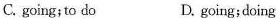
C. going;to do D. going;doing